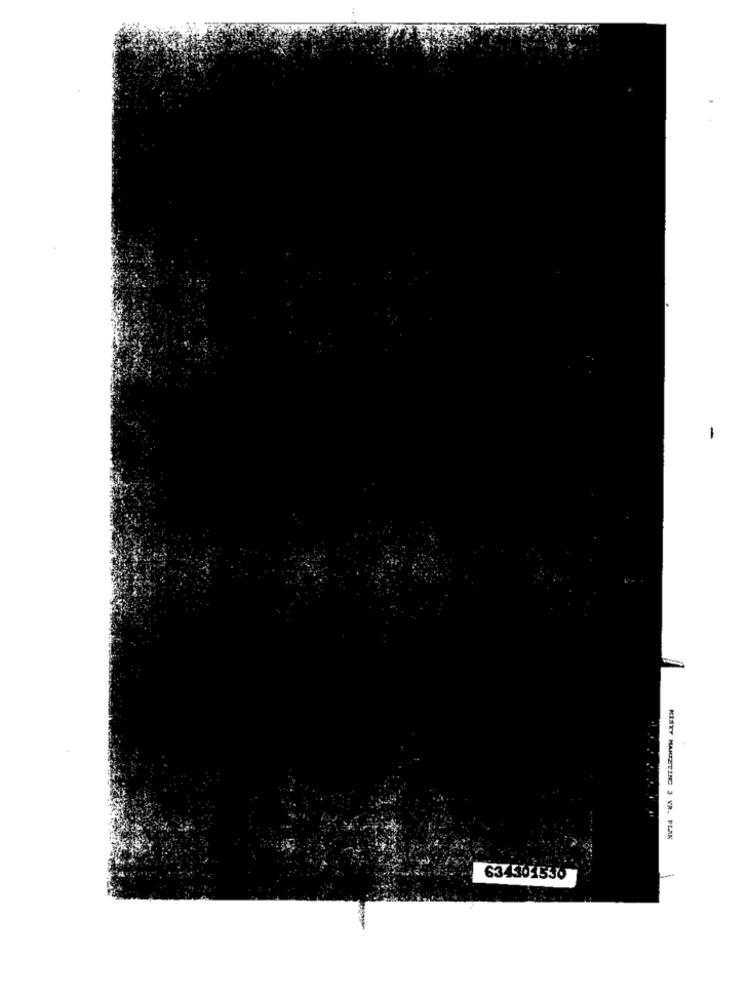
-
KISTY MARKETING 3 YR. PLAN
634301530